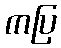
ကပြ